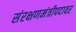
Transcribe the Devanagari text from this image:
संरक्षणमंत्रीपदावर